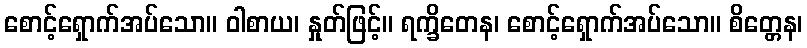
စောင့်ရှောက်အပ်သော။ ဝါစာယ၊ နှုတ်ဖြင့်။ ရက္ခိတေန၊ စောင့်ရှောက်အပ်သော။ စိတ္တေန၊